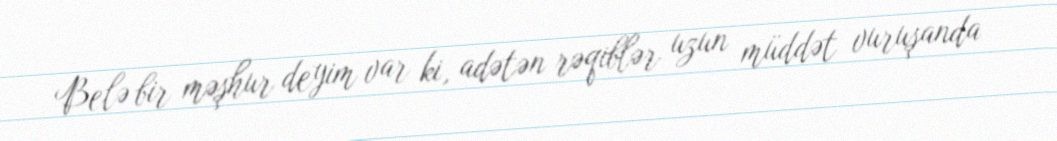
Belə bir məşhur deyim var ki, adətən rəqiblər uzun müddət vuruşanda